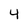
Character: 4